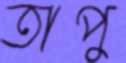
তাপু